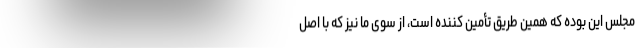
مجلس این بوده که همین طریق تأمین کننده است، از سوی ما نیز که با اصل